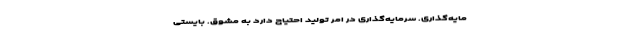
مایه‌گذاری. سرمایه‌گذاری در امر تولید احتیاج دارد به مشوّق. بایستی